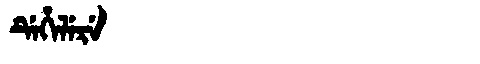
Manchu: ᡩᡝᡥᡝᠯᡝᡵᡝ
Romanization: DEHELERE